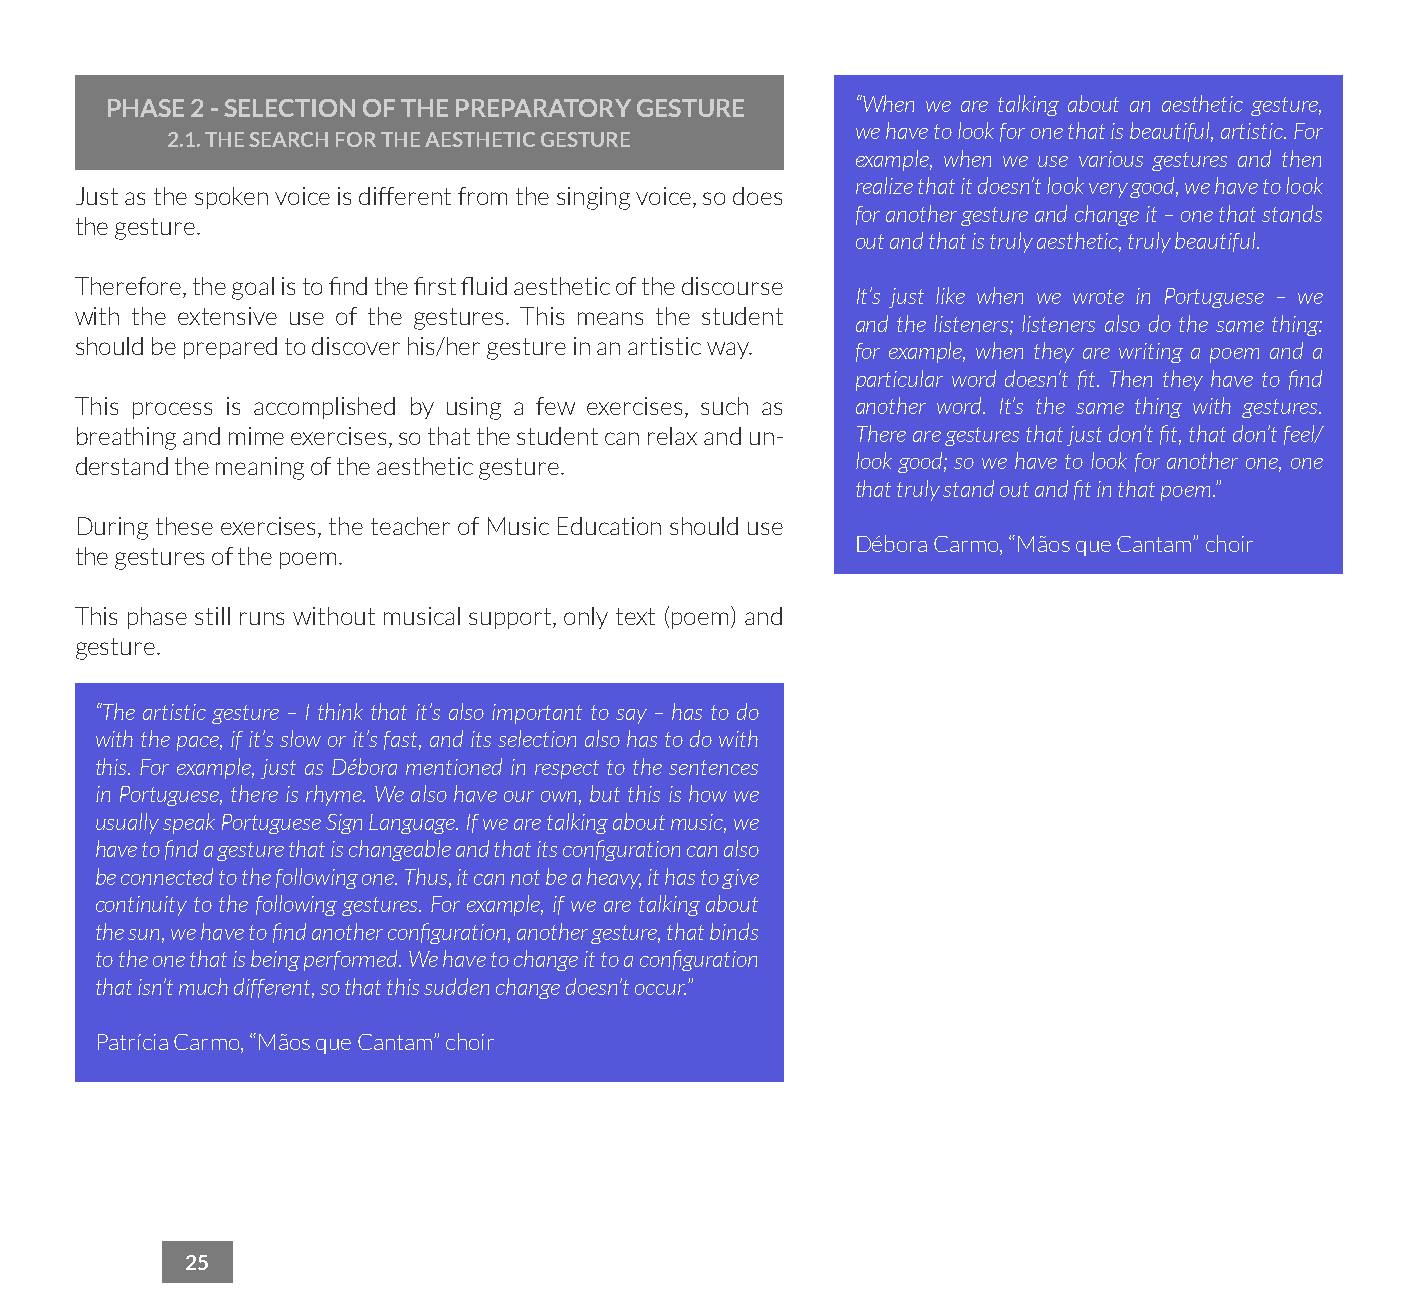
PHASE 2 - SELECTION OF THE PREPARATORY GESTURE    “When we are talking about an aesthetic gesture,
 2.1. THE SEARCH FOR THE AESTHETIC GESTURE
 we have to look for one that is beautiful, artistic. For
 example, when we use various gestures and then
 realize that it doesn’t look very good, we have to look
 Just as the spoken voice is different from the singing voice, so does
 for another gesture and change it – one that stands
 the gesture.
 out and that is truly aesthetic, truly beautiful.
 Therefore, the goal is to find the first fluid aesthetic of the discourse
 It’s just like when we wrote in Portuguese – we
 with the extensive use of the gestures. This means the student
 and the listeners; listeners also do the same thing:
 should be prepared to discover his/her gesture in an artistic way.
 for example, when they are writing a poem and a
 particular word doesn’t fit. Then they have to find
 This process is accomplished by using a few exercises, such as another word. It’s the same thing with gestures.
 breathing and mime exercises, so that the student can relax and un- There are gestures that just don’t fit, that don’t feel/
 derstand the meaning of the aesthetic gesture.      look good; so we have to look for another one, one
 that truly stand out and fit in that poem.”
 During these exercises, the teacher of Music Education should use
 Débora Carmo, “Mãos que Cantam” choir
 the gestures of the poem.
 This phase still runs without musical support, only text (poem) and
 gesture.
 “The artistic gesture – I think that it’s also important to say – has to do
 with the pace, if it’s slow or it’s fast, and its selection also has to do with
 this. For example, just as Débora mentioned in respect to the sentences
 in Portuguese, there is rhyme. We also have our own, but this is how we
 usually speak Portuguese Sign Language. If we are talking about music, we
 have to find a gesture that is changeable and that its configuration can also
 be connected to the following one. Thus, it can not be a heavy, it has to give
 continuity to the following gestures. For example, if we are talking about
 the sun, we have to find another configuration, another gesture, that binds
 to the one that is being performed. We have to change it to a configuration
 that isn’t much different, so that this sudden change doesn’t occur.”
 Patrícia Carmo, “Mãos que Cantam” choir
 25